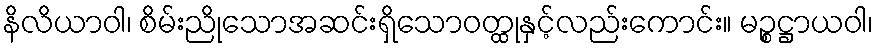
နိလိယာဝါ၊ စိမ်းညိုသောအဆင်းရှိသောဝတ္ထုနှင့်လည်းကောင်း။ မဉ္စဋ္ဌာယဝါ၊